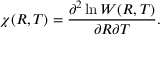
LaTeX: \chi ( R , T ) = \frac { \partial ^ { 2 } \ln W ( R , T ) } { \partial R \partial T } .